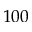
1 0 0